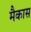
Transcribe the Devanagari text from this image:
मैकास